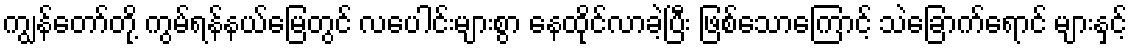
ကျွန်တော်တို့ ကွမ်ရန်နယ်မြေတွင် လပေါင်းများစွာ နေထိုင်လာခဲ့ပြီး ဖြစ်သောကြောင့် သဲခြောက်ရောင် များနှင့်